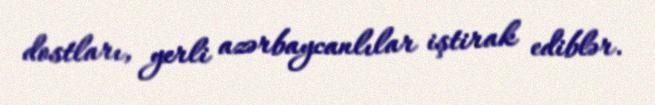
dostları, yerli azərbaycanlılar iştirak ediblər.